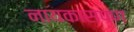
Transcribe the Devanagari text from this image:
नायकासपण